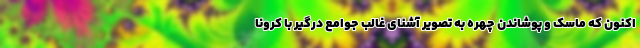
اکنون که ماسک و پوشاندن چهره به تصویر آشنای غالب جوامع درگیر با کرونا